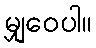
မျှဝေပါ။